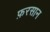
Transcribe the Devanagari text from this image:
फ़रसान